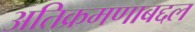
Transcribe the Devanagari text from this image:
अतिक्रमणाबद्दल